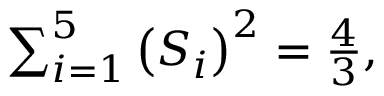
\begin{array} { r } { \sum _ { i = 1 } ^ { 5 } \left( S _ { i } \right) ^ { 2 } = \frac { 4 } { 3 } , } \end{array}